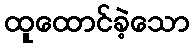
ထူထောင်ခဲ့သော